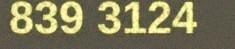
839 3124